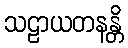
သဠာယတနန္တိ